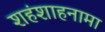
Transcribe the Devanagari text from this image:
शहंशाहनामा